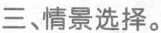
三、情景选择。